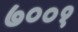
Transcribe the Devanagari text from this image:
७००१